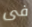
فى